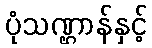
ပုံသဏ္ဌာန်နှင့်